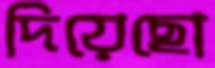
দিয়েছো